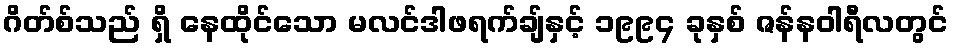
ဂိတ်စ်သည် ရှိ နေထိုင်သော မလင်ဒါဖရက်ချ်နှင့် ၁၉၉၄ ခုနှစ် ဇန်နဝါရီလတွင်